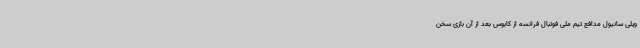
ویلی سانیول مدافع تیم ملی فوتبال فرانسه از کابوس بعد از آن بازی سخن